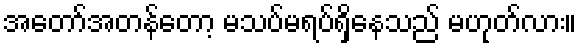
အတော်အတန်တော့ မသပ်မရပ်ရှိနေသည် မဟုတ်လား။